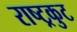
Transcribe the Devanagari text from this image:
राष्‍ट्रकुट